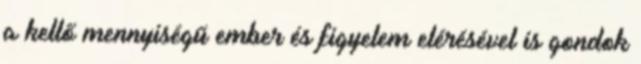
a kellő mennyiségű ember és figyelem elérésével is gondok